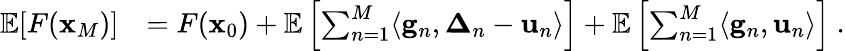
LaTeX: \begin{array}{rl}{\mathop{\mathbb{E}}[F({\mathbf x}_{M})]}&{=F({\mathbf x}_{0})+\mathop{\mathbb{E}}\left[\sum_{n=1}^{M}\langle\mathbf{g}_{n},{\boldsymbol\Delta}_{n}-\mathbf{u}_{n}\rangle\right]+\mathop{\mathbb{E}}\left[\sum_{n=1}^{M}\langle\mathbf{g}_{n},\mathbf{u}_{n}\rangle\right]~.}\end{array}